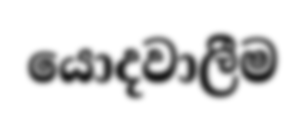
යොදවාලීම